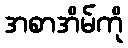
အစာအိမ်ကို